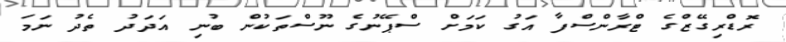
ރޮޑްރިގޭޒްގެ ޓްރާންސްފާ އަގު ކަމަށް ސްޕޭނުގެ ނޫސްތަކުން ބުނި އަދަދު ތެދު ނަމަ